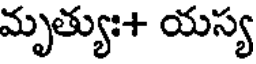
మృత్యుః+ యస్య